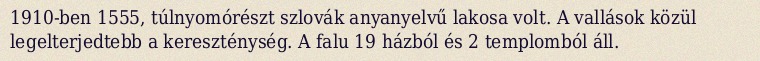
1910-ben 1555, túlnyomórészt szlovák anyanyelvű lakosa volt. A vallások közül legelterjedtebb a kereszténység. A falu 19 házból és 2 templomból áll.